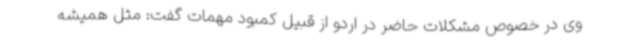
وی در خصوص مشکلات حاضر در اردو از قبیل کمبود مهمات گفت‌: مثل همیشه